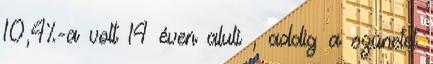
10,4%-a volt 14 éven aluli , addig a szünetet